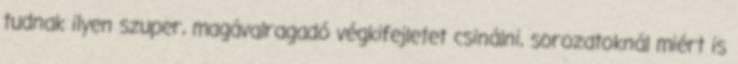
tudnak ilyen szuper, magávalragadó végkifejletet csinálni, sorozatoknál miért is